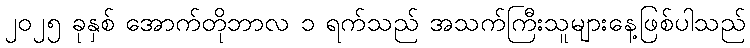
၂၀၂၅ ခုနှစ် အောက်တိုဘာလ ၁ ရက်သည် အသက်ကြီးသူများနေ့ဖြစ်ပါသည်